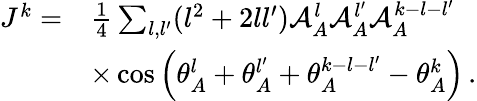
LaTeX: \begin{array}{rl}{J^{k}=}&{\frac{1}{4}\sum_{{l},{l^{\prime}}}({l}^{2}+2{l}{l^{\prime}})\mathcal{A}_{A}^{l}\mathcal{A}_{A}^{l^{\prime}}\mathcal{A}_{A}^{k-{l}-{l^{\prime}}}}\\ &{\times\cos\left(\theta_{A}^{l}+\theta_{A}^{l^{\prime}}+\theta_{A}^{k-{l}-{l^{\prime}}}-\theta_{A}^{k}\right)\, .}\end{array}